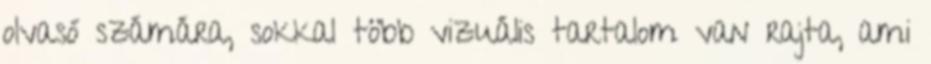
olvasó számára, sokkal több vizuális tartalom van rajta, ami